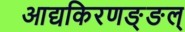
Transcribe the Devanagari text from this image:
आद्यकिरणङ्ङल्